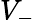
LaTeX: V_{-}